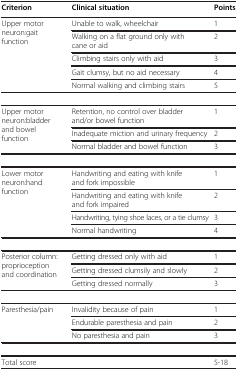
| Criterion | Clinical situation | Points |
 | --- | --- | --- |
 | <ROWSPAN=5> Upper motor neuron:gait function | Unable to walk, wheelchair | 1 |
 | Walking on a flat ground only withcane or aid | 2 |
 | Climbing stairs only with aid | 3 |
 | Gait clumsy, but no aid necessary | 4 |
 | Normal walking and climbing stairs | 5 |
 |  |  |  |
 | <ROWSPAN=3> Upper motor neuron:bladder and bowel function | Retention, no control over bladder and/or bowel function | 1 |
 | Inadequate miction and urinary frequency | 2 |
 | Normal bladder and bowel function | 3 |
 |  |  |  |
 | <ROWSPAN=4> Lower motor neuron:hand function | Handwriting and eating with knife and fork impossible | 1 |
 | Handwriting and eating with knife and fork impaired | 2 |
 | Handwriting, tying shoe laces, or a tie clumsy | 3 |
 | Normal handwriting | 4 |
 |  |  |  |
 | <ROWSPAN=3> Posterior column: proprioception and coordination | Getting dressed only with aid | 1 |
 | Getting dressed clumsily and slowly | 2 |
 | Getting dressed normally | 3 |
 |  |  |  |
 | <ROWSPAN=3> Paresthesia/pain | Invalidity because of pain | 1 |
 | Endurable paresthesia and pain | 2 |
 | No paresthesia and pain | 3 |
 |  |  |  |
 | Total score |  | 5-18 |